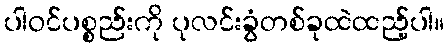
ပါဝင်ပစ္စည်းကို ပုလင်းခွံတစ်ခုထဲထည့်ပါ။